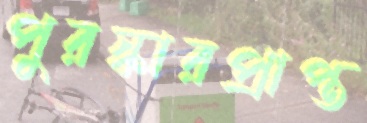
পুরস্কারপ্রাপ্ত